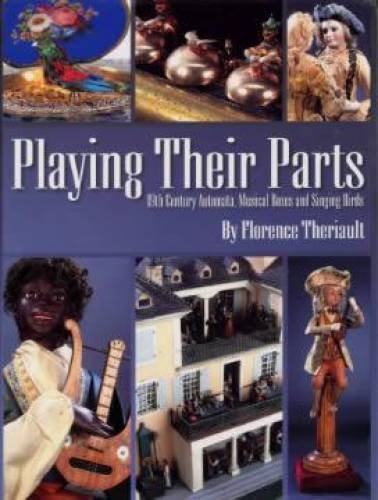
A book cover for Playing Their Parts: 19th Century Automata, Musical Boxes and Singing Birds; Florence Theriault; Crafts, Hobbies & Home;